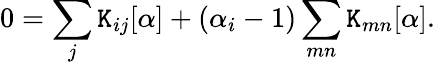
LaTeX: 0=\sum_{j}\mathtt{K}_{ij}[\alpha]+(\alpha_{i}-1)\sum_{mn}\mathtt{K}_{mn}[\alpha].